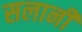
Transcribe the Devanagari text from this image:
सलानी